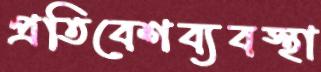
প্রতিবেশব্যবস্থা